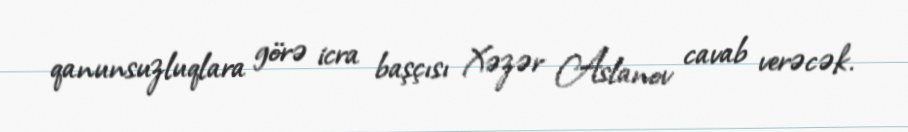
qanunsuzluqlara görə icra başçısı Xəzər Aslanov cavab verəcək.